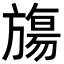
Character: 𬀑